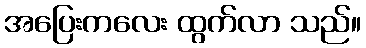
အပြေးကလေး ထွက်လာ သည်။